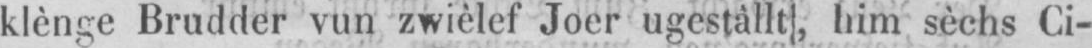
klènge Brudder vun zwièlef Joer ugestâllt, him sèchs Ci-